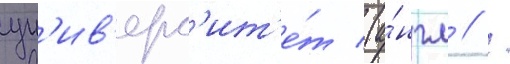
ун'ив'ерс'ит'е́т (а́нгл // /